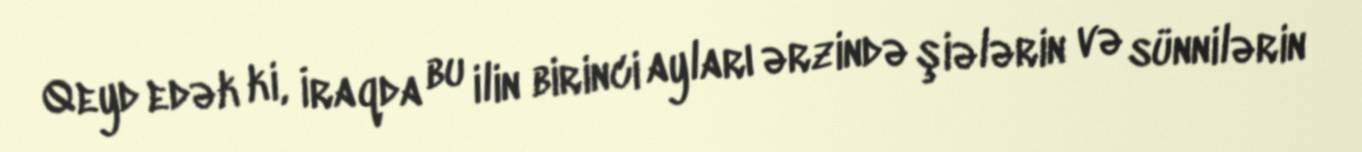
Qeyd edək ki, İraqda bu ilin birinci ayları ərzində şiələrin və sünnilərin